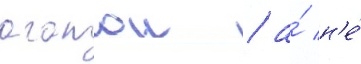
агатои / а́ н'е́